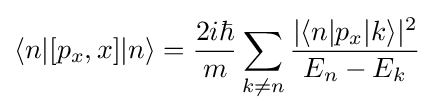
\langle n|[p_{x},x]|n\rangle ={\frac {2i\hbar }{m}}\sum _{k\neq n}{\frac {|\langle n|p_{x}|k\rangle |^{2}}{E_{n}-E_{k}}}